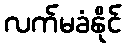
လက်မခံနိုင်